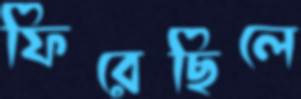
ফিরেছিলে